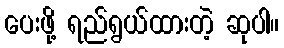
ပေးဖို့ ရည်ရွယ်ထားတဲ့ ဆုပါ။